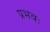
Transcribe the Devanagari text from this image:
प्रभवः